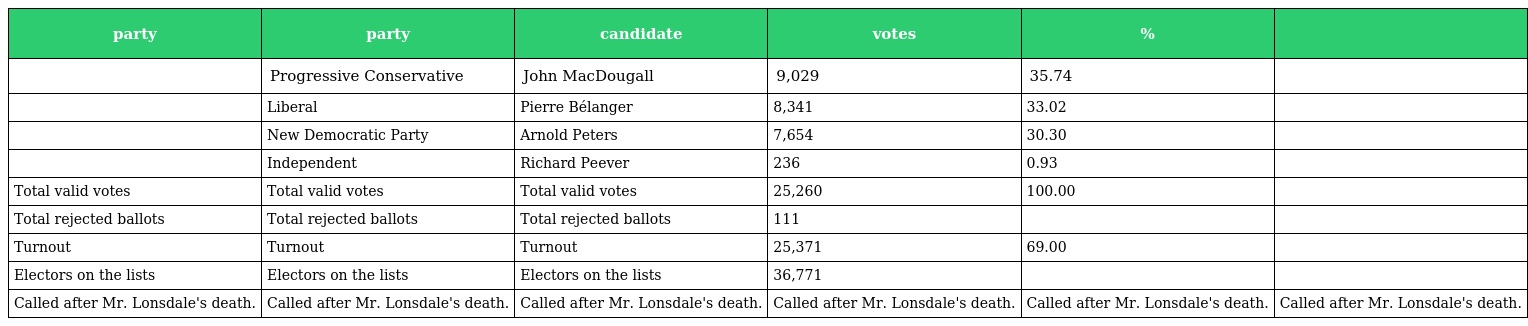
| party | party | candidate | votes | % |  |
 | --- | --- | --- | --- | --- | --- |
 |  | Progressive Conservative | John MacDougall | 9,029 | 35.74 |  |
 |  | Liberal | Pierre Bélanger | 8,341 | 33.02 |  |
 |  | New Democratic Party | Arnold Peters | 7,654 | 30.30 |  |
 |  | Independent | Richard Peever | 236 | 0.93 |  |
 | Total valid votes | Total valid votes | Total valid votes | 25,260 | 100.00 |  |
 | Total rejected ballots | Total rejected ballots | Total rejected ballots | 111 |  |  |
 | Turnout | Turnout | Turnout | 25,371 | 69.00 |  |
 | Electors on the lists | Electors on the lists | Electors on the lists | 36,771 |  |  |
 | Called after Mr. Lonsdale's death. | Called after Mr. Lonsdale's death. | Called after Mr. Lonsdale's death. | Called after Mr. Lonsdale's death. | Called after Mr. Lonsdale's death. | Called after Mr. Lonsdale's death. |